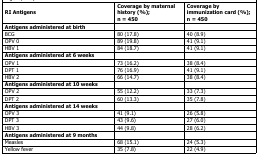
<table><thead><tr><td><b>RI Antigens</b></td><td><b>Coverage by maternal history (%); n = 450</b></td><td><b>Coverage by immunization card (%); n = 450</b></td></tr></thead><tbody><tr><td colspan="3"><b>Antigens administered at birth</b></td></tr><tr><td>BCG</td><td>80 (17.8)</td><td>40 (8.9)</td></tr><tr><td>OPV 0</td><td>89 (19.8)</td><td>41 (9.1)</td></tr><tr><td>HBV 1</td><td>84 (18.7)</td><td>41 (9.1)</td></tr><tr><td colspan="3"><b>Antigens administered at 6 weeks</b></td></tr><tr><td>OPV 1</td><td>73 (16.2)</td><td>38 (8.4)</td></tr><tr><td>DPT 1</td><td>76 (16.9)</td><td>41 (9.1)</td></tr><tr><td>HBV 2</td><td>66 (14.7)</td><td>38 (8.4)</td></tr><tr><td colspan="3"><b>Antigens administered at 10 weeks</b></td></tr><tr><td>OPV 2</td><td>55 (12.2)</td><td>33 (7.3)</td></tr><tr><td>DPT 2</td><td>60 (13.3)</td><td>35 (7.8)</td></tr><tr><td colspan="3"><b>Antigens administered at 14 weeks</b></td></tr><tr><td>OPV 3</td><td>41 (9.1)</td><td>26 (5.8)</td></tr><tr><td>DPT 3</td><td>43 (9.6)</td><td>27 (6.0)</td></tr><tr><td>HBV 3</td><td>44 (9.8)</td><td>28 (6.2)</td></tr><tr><td colspan="3"><b>Antigens administered at 9 months</b></td></tr><tr><td>Measles</td><td>68 (15.1)</td><td>24 (5.3)</td></tr><tr><td>Yellow fever</td><td>35 (7.8)</td><td>22 (4.9)</td></tr></tbody></table>